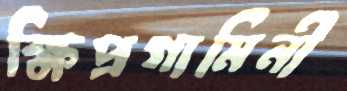
ক্ষিপ্রগামিনী